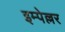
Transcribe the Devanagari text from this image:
इम्पेल्लर